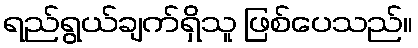
ရည်ရွယ်ချက်ရှိသူ ဖြစ်ပေသည်။